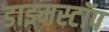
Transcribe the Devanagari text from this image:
डाइमस्टॉप